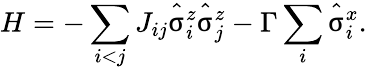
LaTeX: H=-\sum_{i<j}J_{ij}\hat{\upsigma}_{i}^{z}\hat{\upsigma}_{j}^{z}-\Gamma\sum_{i}\hat{\upsigma}_{i}^{x}.